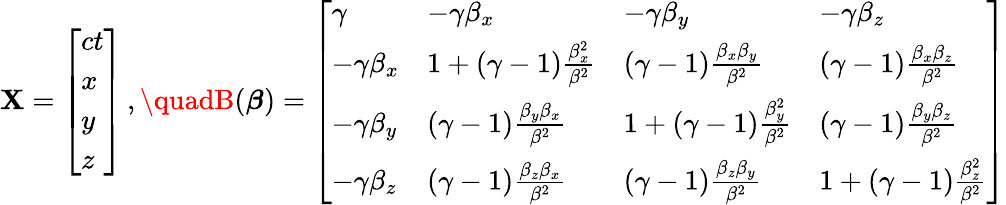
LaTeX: \mathbf{X}={\left[\begin{array}{l}{ct}\\ {x}\\ {y}\\ {z}\end{array}\right]}\, ,\quadB({\boldsymbol{\beta}})={\left[\begin{array}{llll}{\gamma}&{-\gamma\beta_{x}}&{-\gamma\beta_{y}}&{-\gamma\beta_{z}}\\ {-\gamma\beta_{x}}&{1+(\gamma-1){\frac{\beta_{x}^{2}}{\beta^{2}}}}&{(\gamma-1){\frac{\beta_{x}\beta_{y}}{\beta^{2}}}}&{(\gamma-1){\frac{\beta_{x}\beta_{z}}{\beta^{2}}}}\\ {-\gamma\beta_{y}}&{(\gamma-1){\frac{\beta_{y}\beta_{x}}{\beta^{2}}}}&{1+(\gamma-1){\frac{\beta_{y}^{2}}{\beta^{2}}}}&{(\gamma-1){\frac{\beta_{y}\beta_{z}}{\beta^{2}}}}\\ {-\gamma\beta_{z}}&{(\gamma-1){\frac{\beta_{z}\beta_{x}}{\beta^{2}}}}&{(\gamma-1){\frac{\beta_{z}\beta_{y}}{\beta^{2}}}}&{1+(\gamma-1){\frac{\beta_{z}^{2}}{\beta^{2}}}}\end{array}\right]}